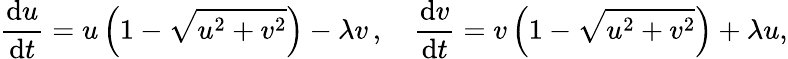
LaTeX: \frac{\mathrm{d}u}{\mathrm{d}t}=u\left(1-\sqrt{u^{2}+v^{2}}\right)-\lambda v\, ,\quad\frac{\mathrm{d}v}{\mathrm{d}t}=v\left(1-\sqrt{u^{2}+v^{2}}\right)+\lambda u,